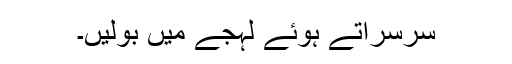
سرسراتے ہوئے لہجے میں بولیں۔